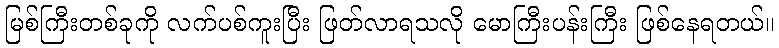
မြစ်ကြီးတစ်ခုကို လက်ပစ်ကူးပြီး ဖြတ်လာရသလို မောကြီးပန်းကြီး ဖြစ်နေရတယ်။